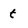
Character: t